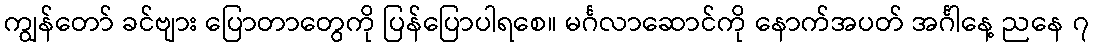
ကျွန်တော် ခင်ဗျား ပြောတာတွေကို ပြန်ပြောပါရစေ။ မင်္ဂလာဆောင်ကို နောက်အပတ် အင်္ဂါနေ့ ညနေ ၇